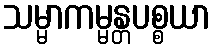
သမ္မာကမ္မန္တပစ္စယာ